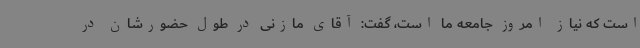
است که نیاز امروز جامعه ما است، گفت: آقای مازنی در طول حضورشان در